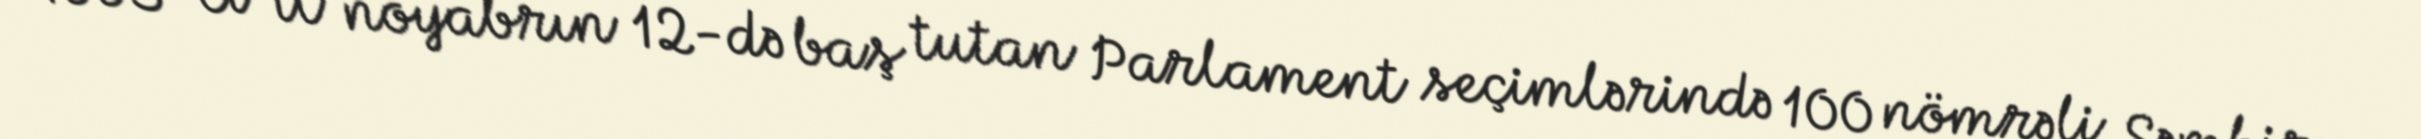
1995-ci il noyabrın 12-də baş tutan Parlament seçimlərində 100 nömrəli Şəmkir